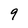
Character: 9